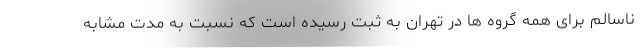
ناسالم برای همه گروه ها در تهران به ثبت رسیده است که نسبت به مدت مشابه